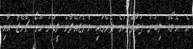
އެ އެވޯޑް ލިބުނު ފަރާތްތަކުގެ ތެރޭގައި ވެނެޒުއޭލާގެ ލީޑަރު ހޫގޯ ޗާވޭޒް އާއި